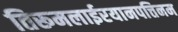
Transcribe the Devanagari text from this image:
तिरूमलाईरयानपत्तिनम